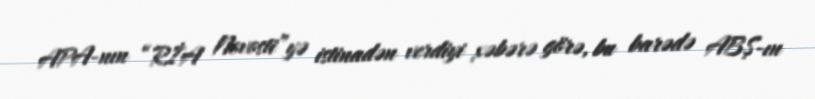
APA-nın “RİA Novosti”yə istinadən verdiyi xəbərə görə, bu barədə ABŞ-ın